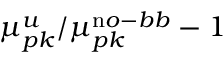
\mu _ { p k } ^ { u } / \mu _ { p k } ^ { \mathrm n o - b b } - 1